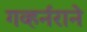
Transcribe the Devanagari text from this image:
गव्हर्नराने